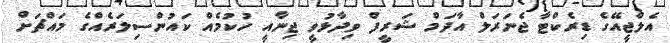
އެލްޖީއޭގެ ޑިރެކްޓާ ޖެނަރަލް އާދަމް ޝަރީފް ވިދާޅުވީ ޖިނާއީ ހުކުމެއް ކައުންސިލަރެއްގެ މައްޗަށް